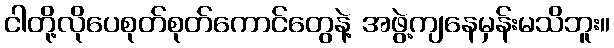
ငါတို့လိုပေစုတ်စုတ်ကောင်တွေနဲ့ အဖွဲ့ကျနေမှန်းမသိဘူး။